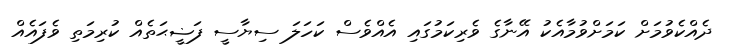
ދެއްކެވުމަށް ކަމަށްވުމާއެކު އޭނާގެ ވެރިކަމުގައި އެއްވެސް ކަހަލަ ސިޔާސީ ފަޟީޙަތެއް ކުރިމަތި ވެފައެއް